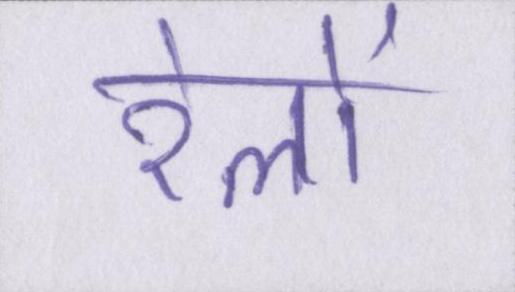
रेलों